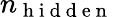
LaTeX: n_{\mathrm{~h~i~d~d~e~n~}}